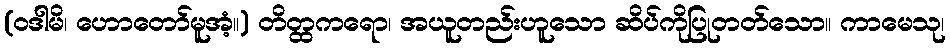
(ဝဒါမိ၊ ဟောတော်မူအံ့။) တိတ္ထကရော၊ အယူတည်းဟူသော ဆိပ်ကိုပြုတတ်သော။ ကာမေသု၊